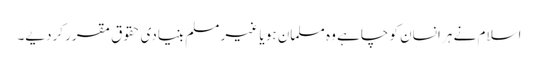
اسلام نے ہر انسان کو چاہے وہ مسلمان ہو یا غیر مسلم بنیادی حقوق مقرر کردیے۔